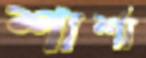
শার্শা